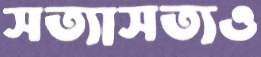
সত্যাসত্যও